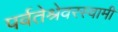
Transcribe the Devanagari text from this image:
पर्वतेश्रेवरस्वामी